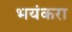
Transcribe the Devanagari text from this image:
भयंकरा